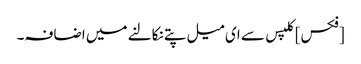
[فکس] کلپس سے ای میل پتے نکالنے میں اضافہ۔